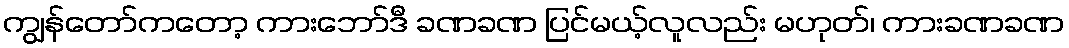
ကျွန်တော်ကတော့ ကားဘော်ဒီ ခဏခဏ ပြင်မယ့်လူလည်း မဟုတ်၊ ကားခဏခဏ